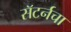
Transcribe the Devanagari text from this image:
सॅटर्नचा